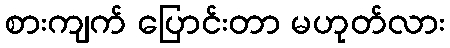
စားကျက် ပြောင်းတာ မဟုတ်လား